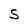
Character: S